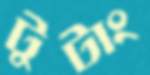
টুটাং